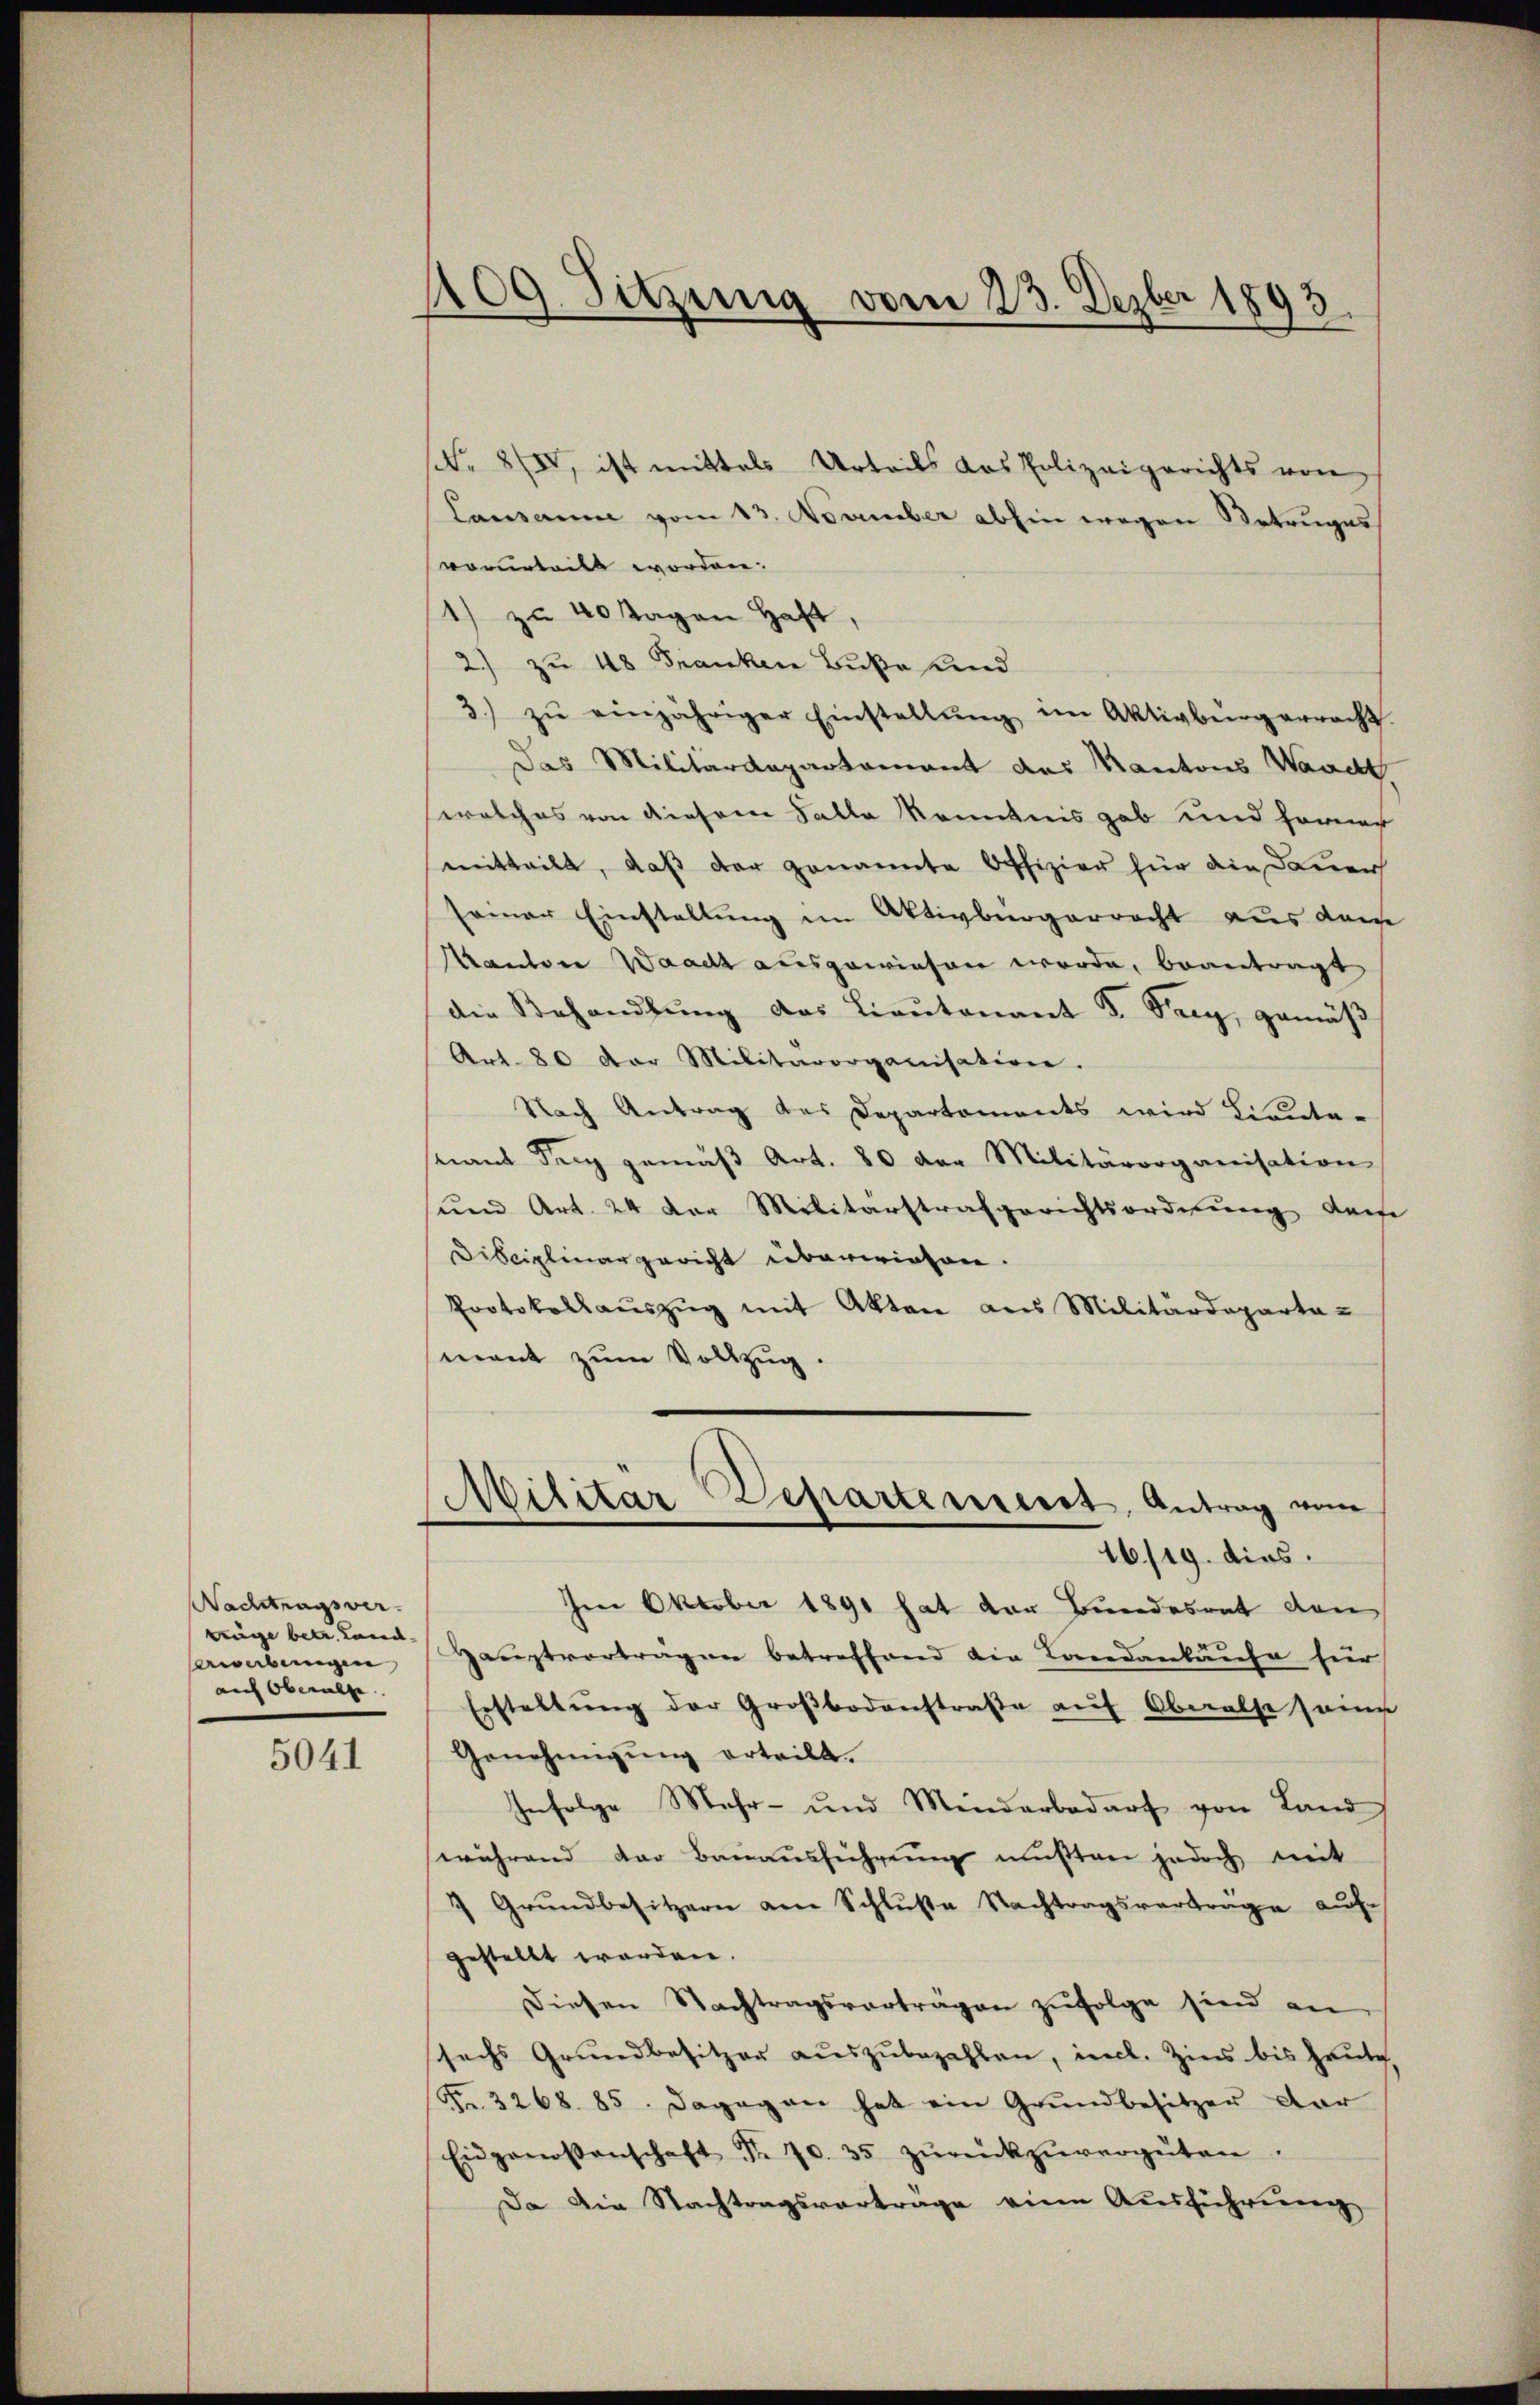
Nachtragsver-
trüge betr. Land,
bwabungen
auch Oberalle |

5041

109. Sitzung vom 23. Dezber 1893.

(Nr. 80, ist mittels Urteils das Polizeigerichts von
Lausanne vom 13. November abhin wegen Betruges
vorurteilt worden.
1) zu 40 Tagen Haft,
2.) zu 48 Franken Buße und
3. zŭ einjähriger Einstellŭng im Aktivbürgerracht.
Das Militärdepartamant des Kantons Waadt,
welches von diesem Falle kenntnis gab und hernach
mitteilt, daß der genannte Offizier für die Dauer
seiner Einstellung im Aktivbürgerrecht aus dam
Kanton Waadt ausgewiesen werde, beantragt
die Behandlŭng des Lieutenant S. See, gemäß
Art. 80 der Militärorganisation.
Nach Antrag des Departements wird Lieute-
nant der gemäβ Art. 80 der Militärorganisation
und Art. 24 der Militärstrafgerichtsordnung derse
Disciplinargericht überwiesen.
Protokollauszug mit Akten aus Militärdeparta-
mant zum Vollzug
(Militär-Departement, Antrag von
16/19. dies
Im Oktober 1891 hat der Bundesrat den
Hauptvortragen betreffend die Lonedankaufe hier
Erstellŭng der Großbodenstraße auf Oberalse seine
Genehmigung erteilt.
Infolge Mehr- und Minderbedarf von Land
während der Bauausführeng mußten jedoch mit
7 Grŭndbesitzern am Schlŭβe Nachtragsverträge auf
gestellt werden.
diesen Nachtragsverträgen zŭfolge sind an
sechs Grundbesitzer aŭszŭbezahlen, incl. Zins bis heute.
F. 3268. 85. Dagegen hat ein Grundbesitzer dar
Eidgenossenschaft Nr. 70. 35 zŭrückzŭvergüten.
Da die Nachtragsvertrage eine Ausführung